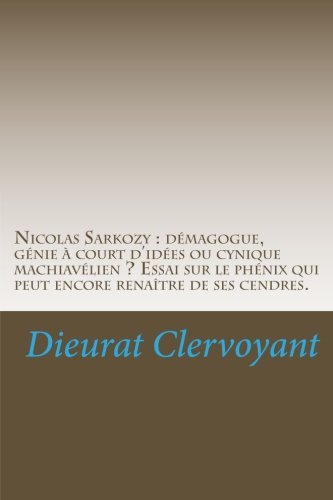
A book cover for Nicolas Sarkozy : dÃ©magogue, gÃ©nie Ã  court d'idÃ©es ou cynique machiavÃ©lien ? Essai Sur Le Phenix Quipeut Encore renaitre De Ses Cendres (French Edition); Mr Dieurat Clervoyant; Crafts, Hobbies & Home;